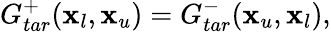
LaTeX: G_{tar}^{+}(\textbf{x}_{l},\textbf{x}_{u})=G_{tar}^{-}(\textbf{x}_{u},\textbf{x}_{l}),